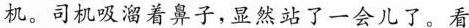
机。司机吸溜着鼻子，显然站了一会儿了。看